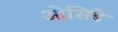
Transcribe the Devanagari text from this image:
ओसिंडे